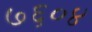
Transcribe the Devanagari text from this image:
७६०४